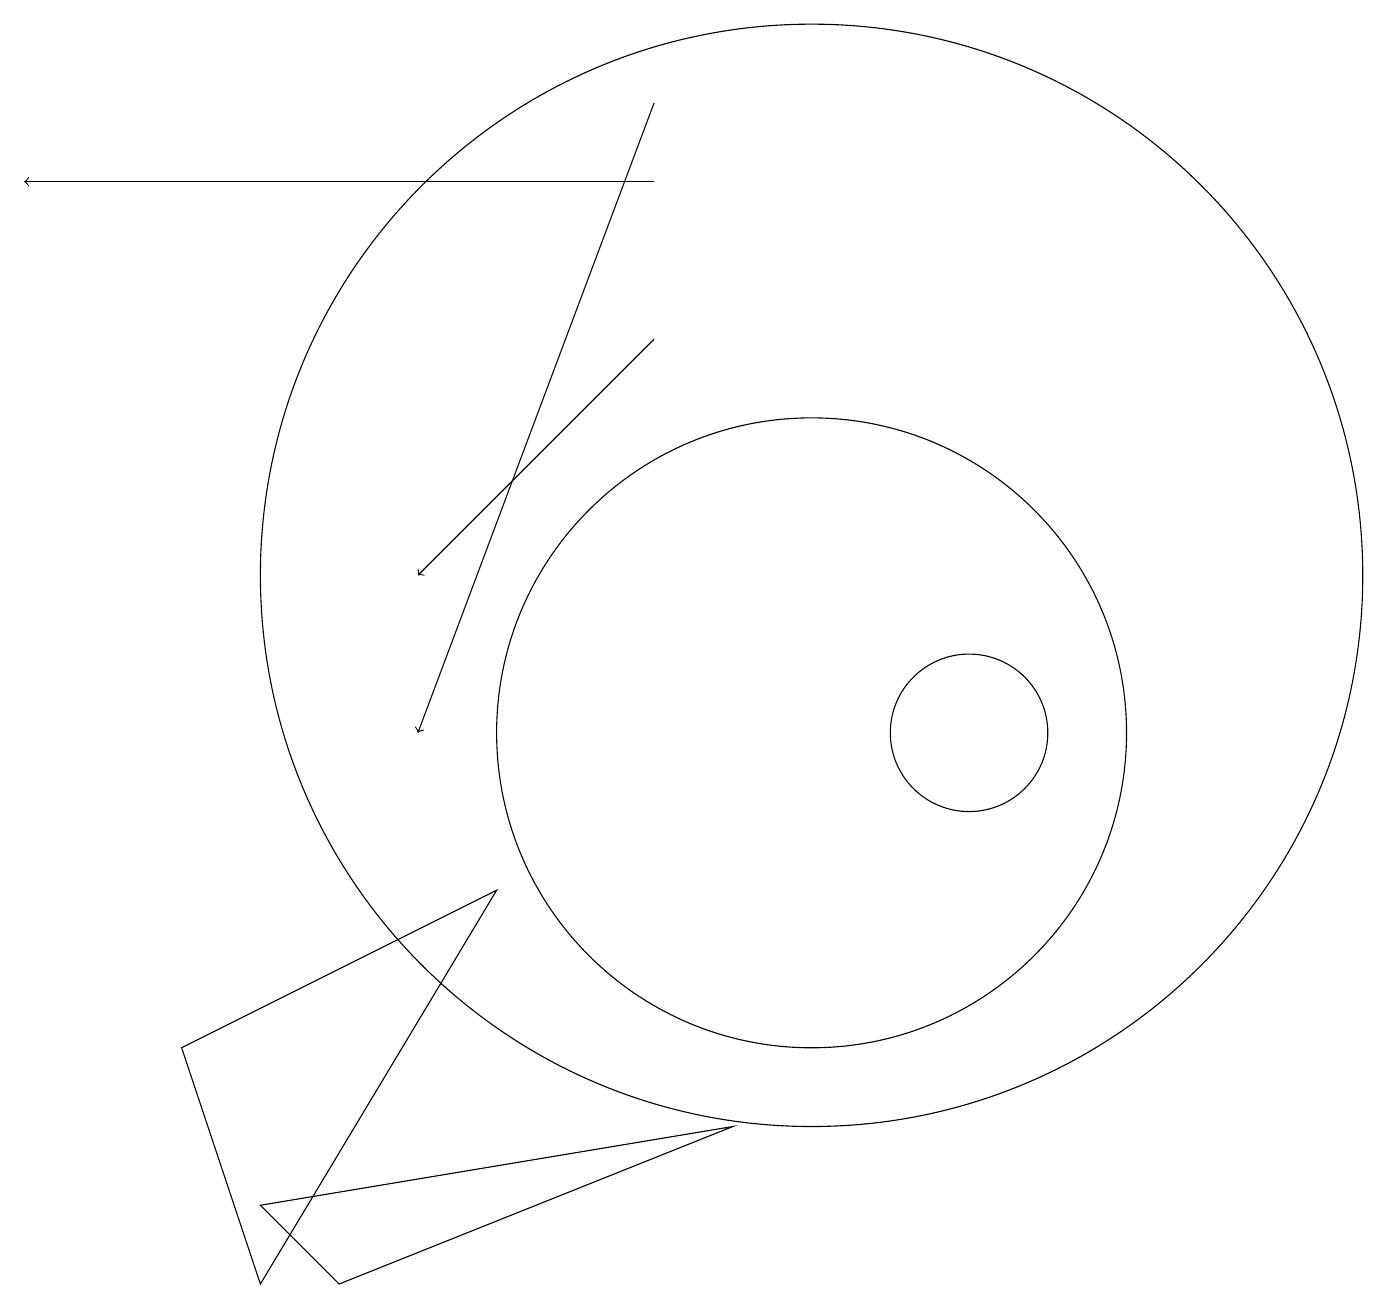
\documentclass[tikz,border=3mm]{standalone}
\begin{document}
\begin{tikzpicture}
\draw[->] (8,17) -- (0,17);
\draw (12,10) circle (1);
\draw (3,3) -- (2,6) -- (6,8) -- cycle;
\draw[->] (8,18) -- (5,10);
\draw (10,10) circle (4);
\draw (3,4) -- (9,5) -- (4,3) -- cycle;
\draw (10,12) circle (7);
\draw[->] (8,15) -- (5,12);
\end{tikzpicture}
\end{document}